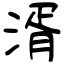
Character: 湑